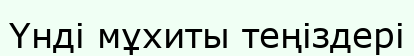
Үнді мұхиты теңіздері